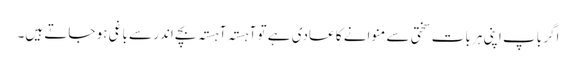
اگر باپ اپنی ہر بات سختی سے منوانے کا عادی ہے تو آہستہ آہستہ بچے اندر سے باغی ہو جاتے ہیں۔